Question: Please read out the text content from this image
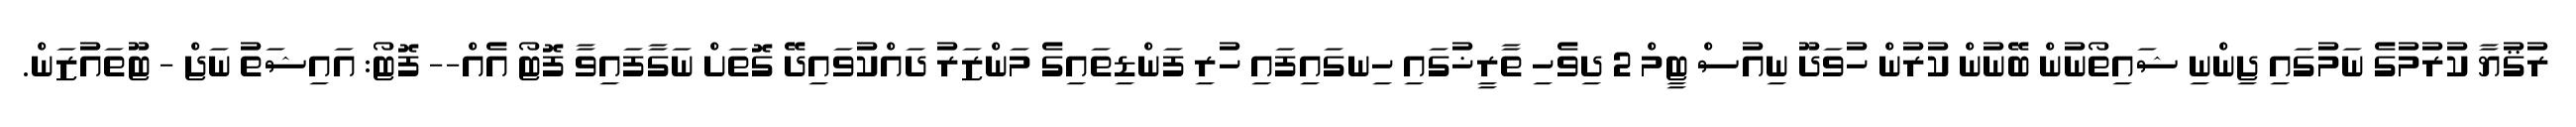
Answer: ރުޤުޔާ ކުރުމުގެ ނަމުގައި ޖިންނި ޝައިތޯނުން ބޭނުން ކުރުން ހުވަދޫ ނިއުސް ޓީމް 2 ދިވެހި ތާރީޚުގައި ހިނގައިފައި ހުރި ފަންޑިތައިގެ މަންޒަރު ދައްކުވައިދޭ ގޮތަށް ނަގާފައިވާ ފޮޓޯ އެއް-- ފޮޓޯ: އައިޝަތު ނަޖް - ޓޫތައުޒަން.